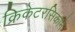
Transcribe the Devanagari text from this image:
क्रिकेटरसिकाने